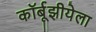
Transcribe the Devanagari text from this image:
कॉर्बूझीयेला